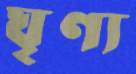
ঘৃণ্য